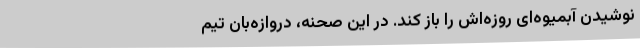
نوشیدن آبمیوه‌ای روزه‌اش را باز کند. در این صحنه، دروازه‌بان تیم